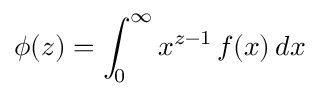
\phi ( z ) = \int _ { 0 } ^ { \infty } x ^ { z - 1 } \, f ( x ) \, d x